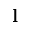
{ \bf l }